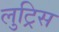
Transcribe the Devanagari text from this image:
लुट्रिस